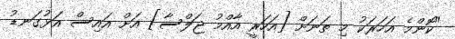
"ކޮންމެ އަހަރަކު މި ތަނަށް [އަހަރީ އާއްމު ޖަލްސާ] އަށް އައިސް އަޅުގަނޑު